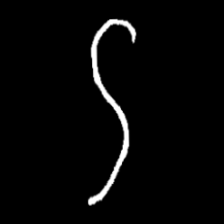
Pyu character \u2014 Myanmar letter: ဌ (romanized: ttha)